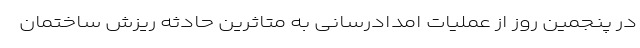
در پنجمین روز از عملیات امدادرسانی به متاثرین حادثه ریزش ساختمان